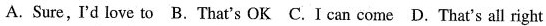
A. Sure,'d love to B.That's OK C.I can come D. That's all right